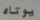
يوتاه